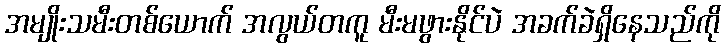
အမျိုးသမီးတစ်ယောက် အလွယ်တကူ မီးမဖွားနိုင်ပဲ အခက်ခဲရှိနေသည်ကို